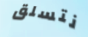
نتسلق